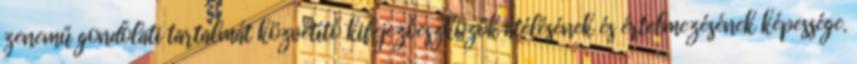
zenemű gondolati tartalmát közvetítő kifejezőeszközök átélésének és értelmezésének képessége.